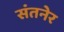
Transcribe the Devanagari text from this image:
संतनेर